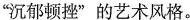
“沉郁顿挫”的艺术风格。